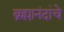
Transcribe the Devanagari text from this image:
ब्रह्मानंदांचे